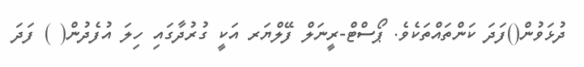
ދުޅަވުން()ފަދަ ކަންތައްތަކެވެ. ޕޯސްޓް-ރީނަލް ފޭލްޔަރ އަކީ ގުރުދާގައި ހިލަ އުފެދުން( ) ފަދަ